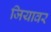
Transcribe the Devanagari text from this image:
जियावर